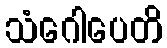
သံဂေါပေတိ